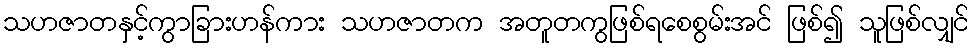
သဟဇာတနှင့်ကွာခြားဟန်ကား သဟဇာတက အတူတကွဖြစ်ရစေစွမ်းအင် ဖြစ်၍ သူဖြစ်လျှင်